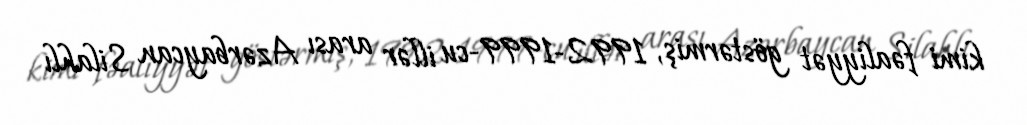
kimi fəaliyyət göstərmiş, 1992-1999-cu illər arası Azərbaycan Silahlı